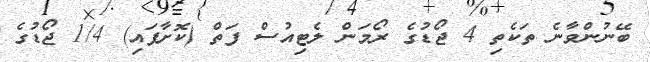
ބޭނުންވާނެ ތަކެތި 4 ޖޯޑުގެ ރޯމަން ލެޓިއުސް ފަތް (ކޮށާފައި) 1/4 ޖޯޑުގެ